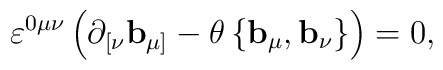
\varepsilon ^{0\mu \nu }\left( \mathbf{\partial }_{[\nu }\mathbf{b}_{\mu]}-\theta \left\{ \mathbf{b}_{\mu },\mathbf{b}_{\nu }\right\} \right) =0,